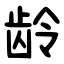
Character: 龄